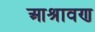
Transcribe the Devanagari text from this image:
आश्रावण